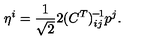
\eta ^ { i } = \frac { 1 } { \sqrt { 2 } } 2 ( C ^ { T } ) _ { i j } ^ { \! - \! 1 } p ^ { j } .